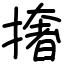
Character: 撦